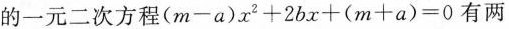
的一元二次方程$$(m-a)x^{2}+2bx+(m+a)=0$$有两